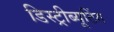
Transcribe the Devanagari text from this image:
डिस्ट्रीब्यूटिंग